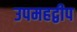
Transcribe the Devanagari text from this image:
उपमहद्वीप